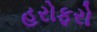
હરોફરો